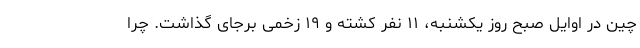
چین در اوایل صبح روز یکشنبه، ۱۱ نفر کشته و ۱۹ زخمی برجای گذاشت. چرا